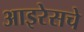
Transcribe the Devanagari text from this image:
आइरेसचे